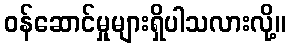
ဝန်ဆောင်မှုများရှိပါသလားလို့။